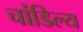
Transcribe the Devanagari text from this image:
चांडिल्य